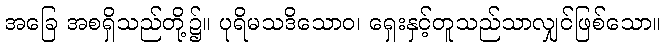
အခြေ အစရှိသည်တို့၌။ ပုရိမသဒိသောဝ၊ ရှေးနှင့်တူသည်သာလျှင်ဖြစ်သော။